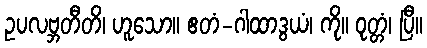
ဥပလဗ္ဘတီတိ၊ ဟူသော။ ဧတံ-ဂါထာဒွယံ၊ ကို။ ဝုတ္တံ၊ ပြီ။